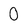
Character: 0